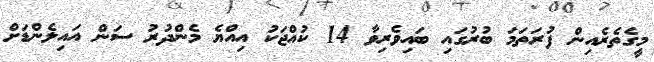
މީގެތެރެއިން ފުރަތަމަ ބުރުގައި ބައިވެރިވާ 14 ކުއްޖަކު އިއްޔެ މެންދުރު ސަން އައިލެންޑަށް